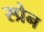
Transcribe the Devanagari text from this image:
स्प्रेन